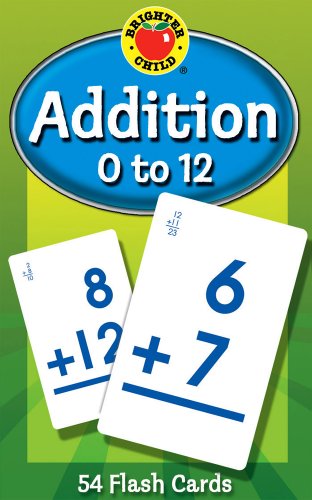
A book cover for Addition 0 to 12 (Brighter Child Flash Cards); Children's Books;